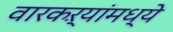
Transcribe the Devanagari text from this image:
वारकऱ्यांमध्ये